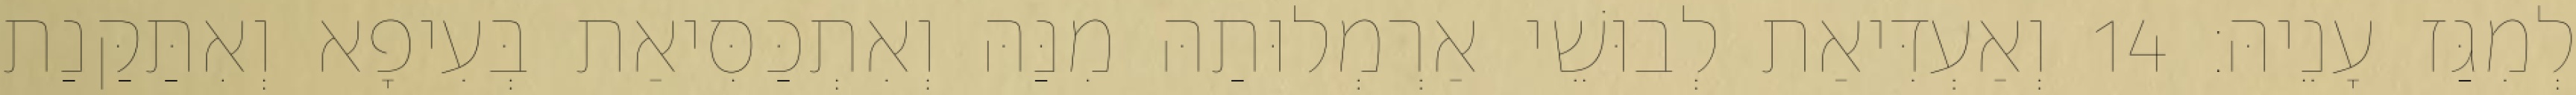
לְמִגַּז עָנֵיהּ׃ 14 וְאַעְדִּיאַת לְבוּשֵׁי אַרְמְלוּתַהּ מִנַּהּ וְאִתְכַּסִּיאַת בְּעִיפָא וְאִתַּקַּנַת